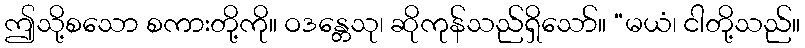
ဤသို့စသော စကားတို့ကို။ ဝဒန္တေသု၊ ဆိုကုန်သည်ရှိသော်။ “မယံ၊ ငါတို့သည်။